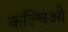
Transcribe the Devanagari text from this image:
कल्चिओ